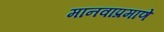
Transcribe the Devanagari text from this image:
मानवाप्रमाणे